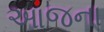
આજના